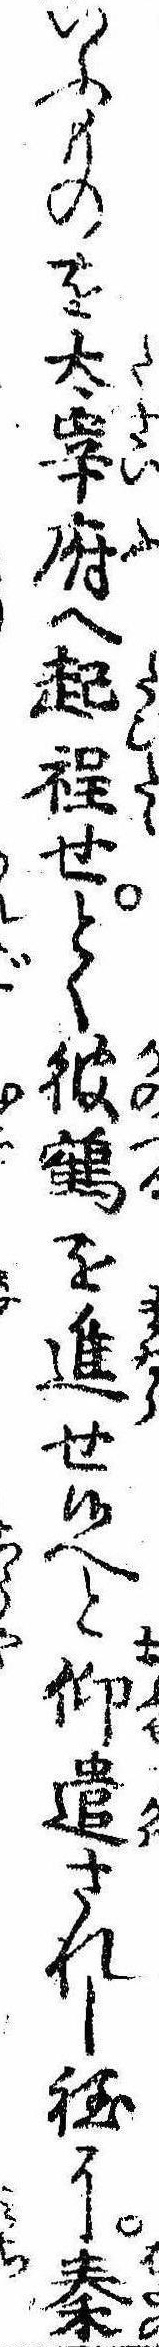
いふものを太宰府へ起程せとく彼鶴を進せ侯へと仰遣されし程に秦